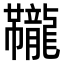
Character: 𫜱